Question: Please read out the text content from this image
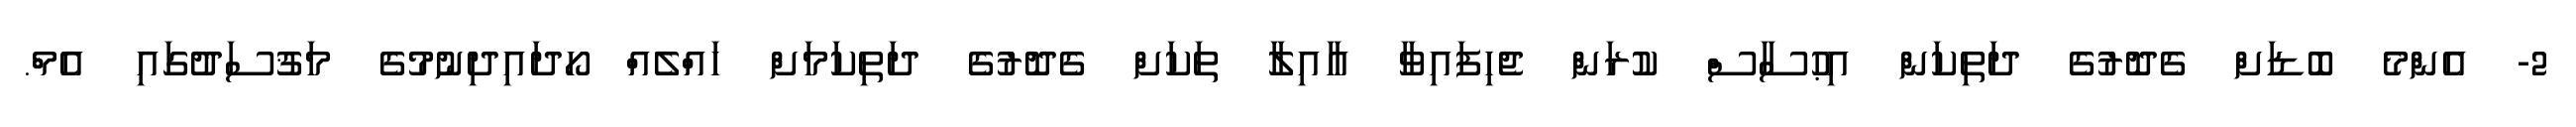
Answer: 2- އެންމެ ބޮޑަށް ގެދޮރުގެ ދަތިކަން އިޙުސާސް ކުރަން ޖެހިފައިވާ އާއިލާ ތަކަށް ގެދޮރުގެ ދަތިކަމަށް ހައްލެއް ހޯދައިދިނުމުގެ މަޤުސަދުގައި އެމް.